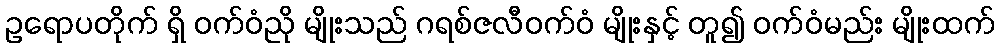
ဥရောပတိုက် ရှိ ဝက်ဝံညို မျိုးသည် ဂရစ်ဇလီဝက်ဝံ မျိုးနှင့် တူ၍ ဝက်ဝံမည်း မျိုးထက်